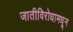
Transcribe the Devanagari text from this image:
जातीविरोधामधून